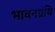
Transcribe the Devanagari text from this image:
भावनग्रंथि